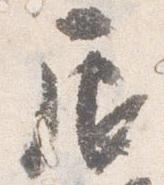
辰